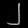
Digit: ၂